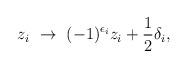
LaTeX: \begin{align*}z_i~\rightarrow~(-1)^{\epsilon_i}z_i+{1\over 2}\delta_i,\end{align*}